system: You are a helpful assistant.
user:
Analyze the provided spectrum to determine if it is a **M-type Giant (gM)**.

A M-type Giant spectrum is defined by its **strong molecular absorption** features, particularly from **Titanium Oxide (TiO)**. You must check for one of the following mutually exclusive signatures:

- **Key Visual Indicators (Absorption-Dominated Spectrum):**

    - **(Primary):** The spectrum is dominated by strong molecular absorption from **Titanium Oxide (TiO)**. This is the **defining feature** of its M-type temperature class.
        - **(Key Bandheads):** Look for sharp, "saw-tooth" absorption valleys. The strongest are located near **~7050 Å**, **~6160 Å**, and **~5170 Å**.
        - **(Line Profile):** The "saw-tooth" morphology is critical: a **sharp, steep drop on the BLUE (short-wavelength) side** of the bandhead, followed by a gradual recovery (rising flux) towards the RED (long-wavelength) side.

    - **(Key Confirmation - Giant vs. Dwarf):** **ABSENCE** of strong **Calcium Hydride (CaH)** molecular bands. This is the primary diagnostic for *excluding* M-dwarfs.
        - **(Key Region):** The spectrum should lack the strong, broad absorption band seen in dwarfs between **~6800 Å and ~7000 Å**.

    - **(Secondary Confirmation - Giant):** A very strong and broad **Neutral Calcium (Ca I)** atomic absorption line.
        - **(Key Line):** Located at **~4226 Å**. In a giant (gM), this line is significantly deeper and broader than the same line in an M-dwarf (dM) due to low surface gravity.

    - **(Overall Spectrum):**
        - The continuum is **extremely red-sloping** (i.e., flux is very low in the blue and rises dramatically towards the red).
        - The entire spectrum appears "chopped up" by the deep TiO bands.

Think first, call **spectral_visualization_tool** if needed to examine features in detail, then provide your final answer. Your response must adhere to the following strict rules:
1.  **Overall Structure:** Your response must follow the format `<think>...</think> <tool_call>...</tool_call> (if a tool is used) <answer>...</answer>`.
2.  **Tool Usage Constraint:** You may only make **one** tool call per turn.
3.  **Final Answer Format:** In the `<answer>` tag, your conclusion must be inside a `\boxed{}` command (e.g., `\boxed{YES}` or `\boxed{NO}`), followed by your justification.

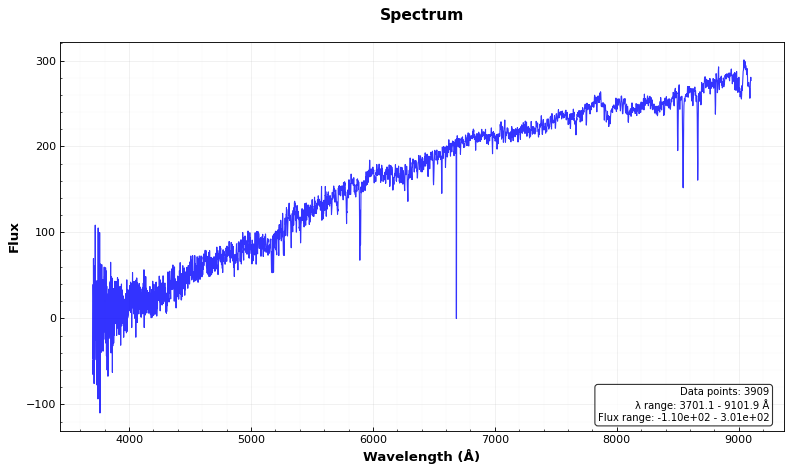
Answer: NO